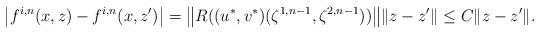
LaTeX: \begin{align*}\big| f^{i,n}(x,z) - f^{i,n}(x,z') \big| = \big\| R((u^*,v^*)(\zeta^{1,n-1},\zeta^{2,n-1})) \big\| \| z-z' \| \leq C \| z-z' \|.\end{align*}